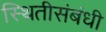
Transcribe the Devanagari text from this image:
स्थितीसंबंधी